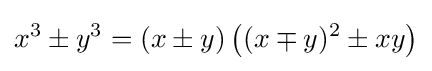
x^{3}\pm y^{3}=(x\pm y)\left((x\mp y)^{2}\pm xy\right)